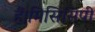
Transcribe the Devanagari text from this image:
हैं।मिसिसिपी